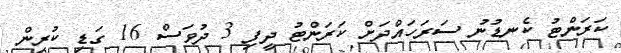
ކަރަންޓު ކެނޑުނު ސަރަހައްދަށް ކަރަންޓު ދީފި 3 ދުވަސް 16 ގަޑި ކުރިން